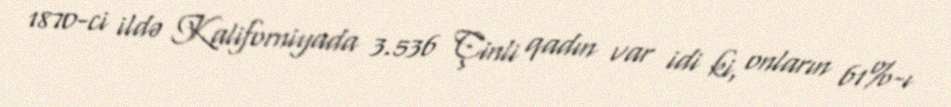
1870-ci ildə Kaliforniyada 3.536 Çinli qadın var idi ki, onların 61%-ı